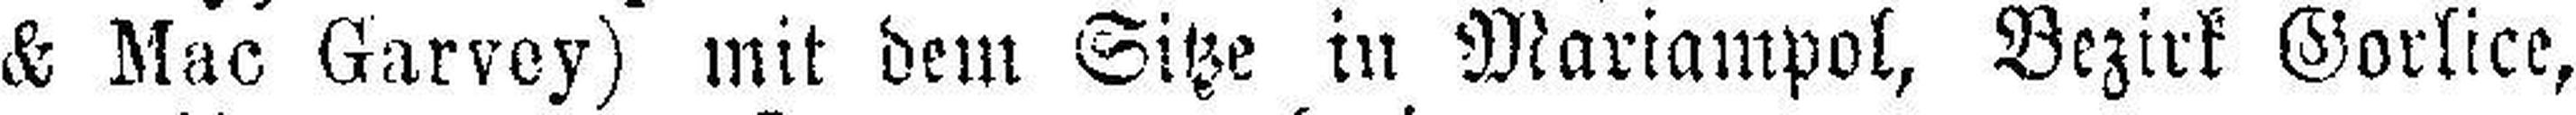
& Mac Garvey) mit dem Sitze in Mariampol, Bezirk Gorlice,